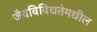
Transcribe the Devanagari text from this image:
जैवविविधतेमधील